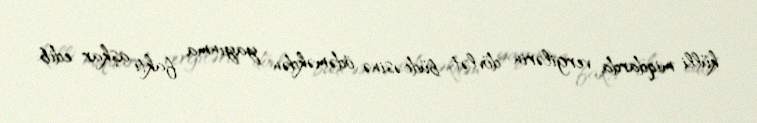
külli miqdarda vergilərin dövlət büdcəsinə ödəməkdən yayınma faktı aşkar edib.